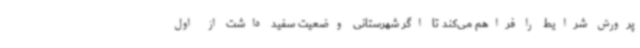
پرورش شرایط را فراهم می‌کند تا اگر شهرستانی وضعیت سفید داشت از اول